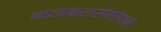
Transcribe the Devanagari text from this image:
माताबालसंगोपन